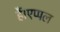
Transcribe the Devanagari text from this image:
हैं।एप्पल